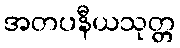
အတပနီယသုတ္တ